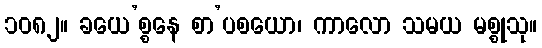
၁၀၈၂။ ခယေ’စ္စနေ စာ’ပစယော၊ ကာလော သမယ မစ္စုသု။